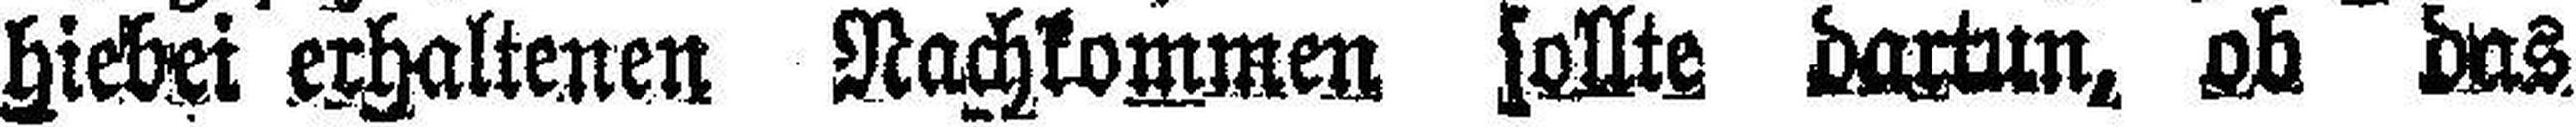
hiebei erhaltenen Nachkommen sollte dartun, ob das.